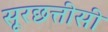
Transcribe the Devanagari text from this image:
सूरछत्तीसी